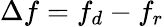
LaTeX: \Delta f=f_{d}-f_{r}